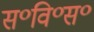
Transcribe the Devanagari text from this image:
स॰वि॰स॰